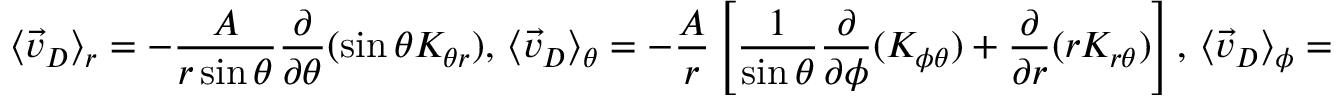
\langle \vec { v } _ { D } \rangle _ { r } = - \frac { A } { r \sin \theta } \frac { \partial } { \partial \theta } ( \sin \theta K _ { \theta r } ) , \, \langle \vec { v } _ { D } \rangle _ { \theta } = - \frac { A } { r } \left[ \frac { 1 } { \sin \theta } \frac { \partial } { \partial \phi } ( K _ { \phi \theta } ) + \frac { \partial } { \partial r } ( r K _ { r \theta } ) \right] , \, \langle \vec { v } _ { D } \rangle _ { \phi } = - \frac { A } { r } \frac { \partial } { \partial \theta } ( K _ { \theta \phi } ) ,